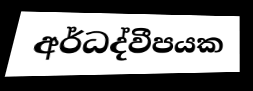
අර්ධද්වීපයක